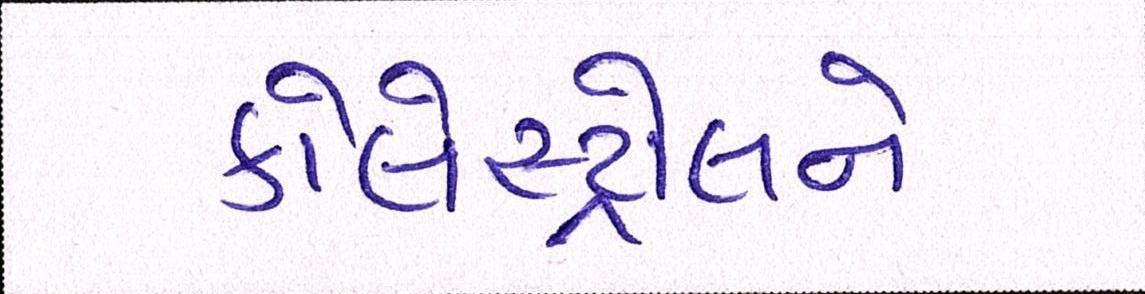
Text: કોલેસ્ટ્રોલને